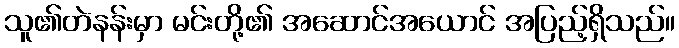
သူ၏တဲနန်းမှာ မင်းတို့၏ အဆောင်အယောင် အပြည့်ရှိသည်။